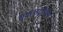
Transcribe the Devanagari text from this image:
सकलद्वीपीय